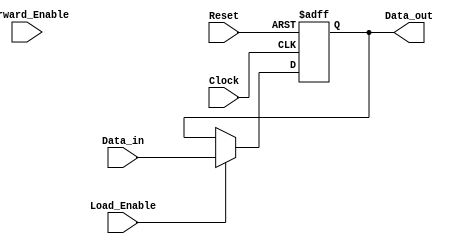
module ForwardingRegister (
    input wire [31:0] Data_in,        // Incoming data
    input wire Forward_Enable,         // Control signal to forward data
    input wire Load_Enable,            // Control signal to load new data
    input wire Clock,                  // Clock signal
    input wire Reset,                  // Asynchronous reset
    output reg [31:0] Data_out         // Output data
);

    // Define the initial state for Data_out
    initial begin
        Data_out = 32'b0; // Set initial output to 0
    end

    // Synchronous logic block
    always @(posedge Clock or posedge Reset) begin
        if (Reset) begin
            // Asynchronous reset
            Data_out <= 32'b0; // Reset output to zero
        end
        else begin
            // Manage data loading and forwarding based on control signals
            if (Load_Enable) begin
                // Load new data into the register
                Data_out <= Data_in;
            end else if (Forward_Enable) begin
                // Forward current data without loading new data
                Data_out <= Data_out; // Maintain current state
            end
            // If neither Load_Enable nor Forward_Enable are asserted,
            // Data_out retains its previous value automatically
        end
    end

endmodule